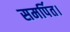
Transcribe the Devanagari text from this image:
समर्पित।